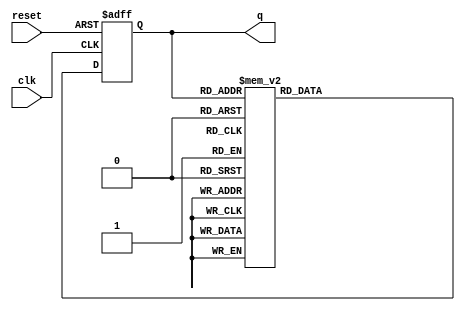
module decade_ring_counter (
    input wire clk,        // Clock input
    input wire reset,      // Reset input
    output reg [3:0] q     // 4-bit output representing the current state
);

// State transition logic for the Decade Ring Counter
always @(posedge clk or posedge reset) begin
    if (reset) begin
        q <= 4'b0000; // Reset state to 0000
    end else begin
        case (q)
            4'b0000: q <= 4'b0001; // 0 -> 1
            4'b0001: q <= 4'b0010; // 1 -> 2
            4'b0010: q <= 4'b0011; // 2 -> 3
            4'b0011: q <= 4'b0100; // 3 -> 4
            4'b0100: q <= 4'b0101; // 4 -> 5
            4'b0101: q <= 4'b0110; // 5 -> 6
            4'b0110: q <= 4'b0111; // 6 -> 7
            4'b0111: q <= 4'b1000; // 7 -> 8
            4'b1000: q <= 4'b1001; // 8 -> 9
            4'b1001: q <= 4'b0000; // 9 -> 0
            default: q <= 4'b0000; // Default case to reset
        endcase
    end
end

endmodule